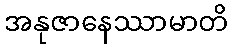
အနုဇာနေဿာမာတိ